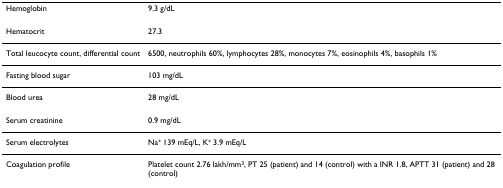
<table><thead><tr><td><b>Hemoglobin</b></td><td><b>9.3 g/dL</b></td></tr></thead><tbody><tr><td>Hematocrit</td><td>27.3</td></tr><tr><td>Total leucocyte count, differential count</td><td>6500, neutrophils 60%, lymphocytes 28%, monocytes 7%, eosinophils 4%, basophils 1%</td></tr><tr><td>Fasting blood sugar</td><td>103 mg/dL</td></tr><tr><td>Blood urea</td><td>28 mg/dL</td></tr><tr><td>Serum creatinine</td><td>0.9 mg/dL</td></tr><tr><td>Serum electrolytes</td><td>Na<sup>+ </sup>139 mEq/L, K<sup>+ </sup>3.9 mEq/L</td></tr><tr><td>Coagulation profile</td><td>Platelet count 2.76 lakh/mm<sup>3</sup>, PT 25 (patient) and 14 (control) with a INR 1.8, APTT 31 (patient) and 28 (control)</td></tr></tbody></table>